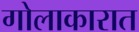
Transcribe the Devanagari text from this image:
गोलाकारात